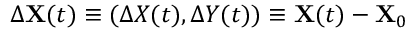
\Delta \mathbf { X } ( t ) \equiv ( \Delta X ( t ) , \Delta Y ( t ) ) \equiv \mathbf { X } ( t ) - \mathbf { X } _ { 0 }